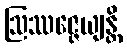
ဩဿဇ္ဇေယျန္တိ